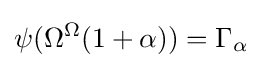
\psi (\Omega ^{\Omega }(1+\alpha ))=\Gamma _{\alpha }